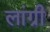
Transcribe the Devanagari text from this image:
लांग्री